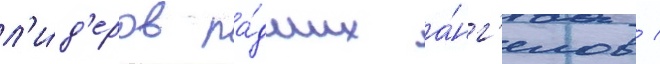
л'и́д'еров па́дших а́нг'елов /